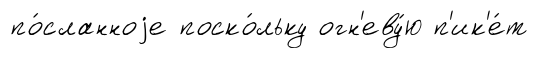
по́сланноjе поско́льку огн'еву́ю п'ик'е́т